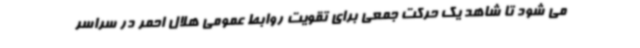
می شود تا شاهد یک حرکت جمعی برای تقویت روابط عمومی هلال احمر در سراسر